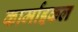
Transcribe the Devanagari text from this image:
कार्माइकल